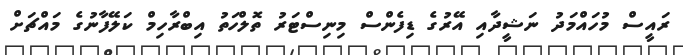
ރައީސް މުހައްމަދު ނަޝީދާއި އޭރުގެ ޑިފެންސް މިނިސްޓަރު ތޮލްހަތު އިބްރާހިމް ކަލޭފާނުގެ މައްޗަށް